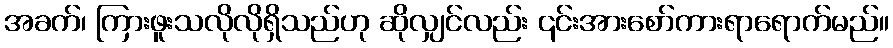
အခက်၊ ကြားဖူးသလိုလိုရှိသည်ဟု ဆိုလျှင်လည်း ၎င်းအားစော်ကားရာရောက်မည်။